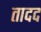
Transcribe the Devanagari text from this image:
तादद